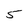
Character: 5